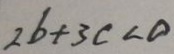
2 b + 3 c < 0